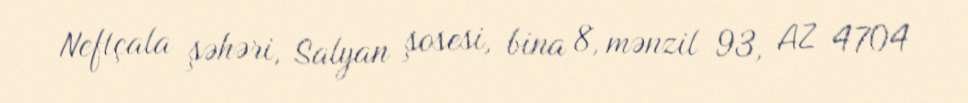
Neftçala şəhəri, Salyan şosesi, bina 8, mənzil 93, AZ 4704